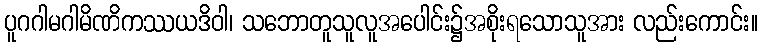
ပူဂဂါမဂါမိဏိကဿယဒိဝါ၊ သဘောတူသူလူအပေါင်း၌အစိုးရသောသူအား လည်းကောင်း။